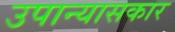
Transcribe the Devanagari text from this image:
उपान्यासकार